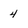
Character: 4